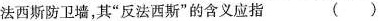
法西斯防卫墙，其”反法西斯”的含义应指 ()